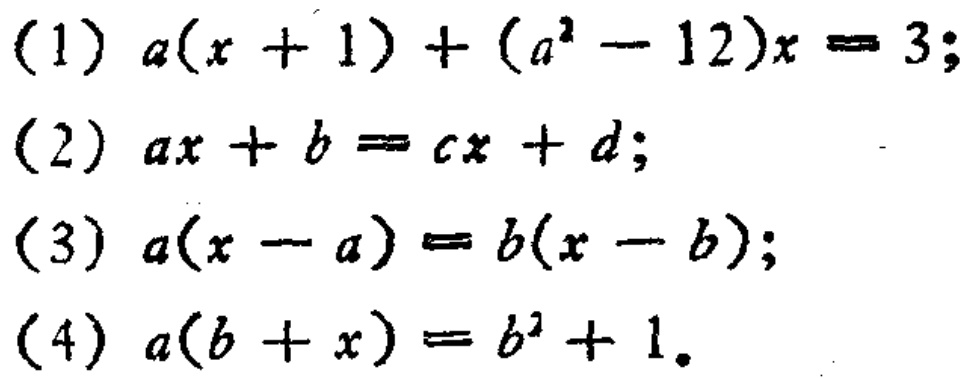
(1) \(a(x + 1)+(a^{2}-12)x = 3\);
(2) \(ax + b = cx + d\);
(3) \(a(x - a)=b(x - b)\);
(4) \(a(b + x)=b^{2}+1\)